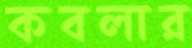
কবলার